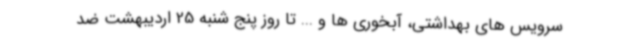
سرویس های بهداشتی، آبخوری ها و ... تا روز پنج شنبه 25 اردیبهشت ضد